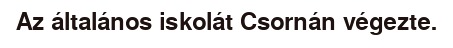
Az általános iskolát Csornán végezte.